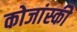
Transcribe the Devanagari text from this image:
कोजांस्की